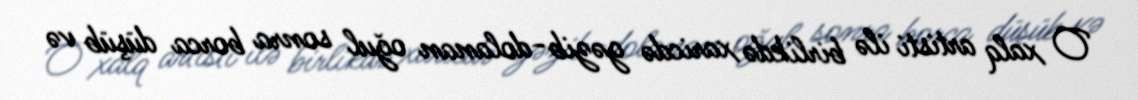
O xalq artisti ilə birlikdə xaricdə gəzib-dolanan oğul sonra borca düşüb və